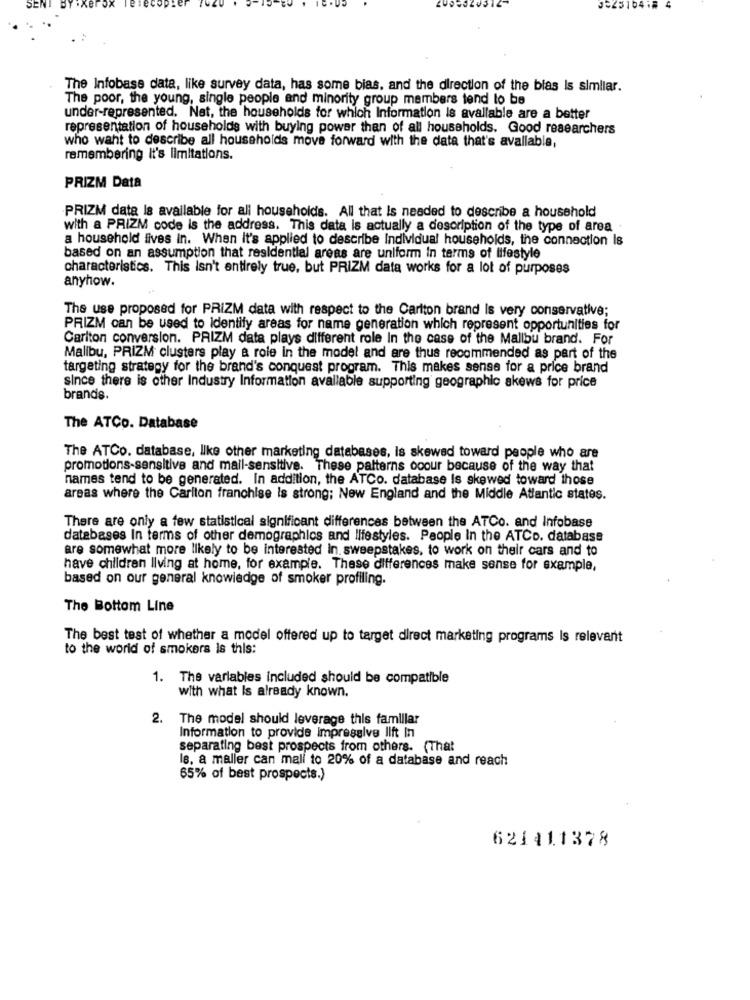
SEN
J=2510418 4
The Infobase data, like survey data, has some bias, and the direction of the bias Is simliar.
The poor, the young, single people and minority group members tend to be
under-represented. Net, the households for which Information is available are a better
representation of households with buying power than of all households. Good researchers
who want to describe all households move forward with the data that's available,
remembering it's limitations.
PRIZM Data
PRIZM data Is available for all households. All that Is needed to describe a household
with a PRIZM code is the address. This data is actually a description of the type of area
a household lives in. When It's applied to describe Individual households, the connection Is
based on an assumption that residential areas are uniform in terms of lifestyle
characteristics. This isn't entirely true, but PRIZM data works for a lot of purposes
anyhow.
The use proposed for PRIZM data with respect to the Carlton brand Is very conservative;
PRIZM can be used to Identify areas for name generation which represent opportunities for
Carlton conversion. PRIZM data plays different role In the case of the Mallbu brand. For
Malibu, PRIZM clusters play & role in the model and are thus recommended as part of the
targeting strategy for the brand's conquest program. This makes sense for a price brand
since there is other Industry Information available supporting geographic skews for price
brands.
The ATCo. Database
The ATCo. database, like other marketing databases, is skewed toward people who are
promotions-sensitive and mail-sensitive. These patterns ooour because of the way that
names tend to be generated. In addition, the ATCo. database Is skewed toward those
areas where the Carlton franchise is strong; New England and the Middle Atlantic states.
There are only a few statistical significant differences between the ATCo. and Infobase
databases In terms of other demographics and lifestyles. People In the ATCo. database
are somewhat more likely to be interested In sweepstakes, to work on their cars and to
have children living at home, for example. These differences make sense for example,
based on our general knowledge of smoker profiling.
The Bottom Line
The best test of whether a model offered up to target direct marketing programs Is relevant
to the world of smokers is this:
1. The variables included should be compatible
with what Is already known.
2. The model should leverage this familiar
Information to provide impressive lift In
separating best prospects from others. (That
Is. a maller can mall to 20% of a database and reach
65% of best prospects.)
621411378